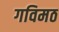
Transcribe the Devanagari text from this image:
गविमठ